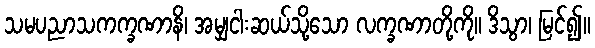
သမပညာသကက္ခဏာနိ၊ အမျှငါးဆယ်သို့သော လက္ခဏာတို့ကို။ ဒိသွာ၊ မြင်၍။